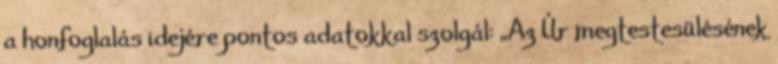
a honfoglalás idejére pontos adatokkal szolgál: „Az Úr megtestesülésének